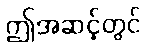
ဤအဆင့်တွင်